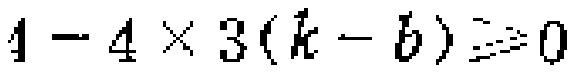
\(1 - 4\times 3(k - b)\geqslant0\)